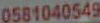
0581040549